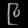
Digit: ၉